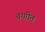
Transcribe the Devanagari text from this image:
बग्गीत